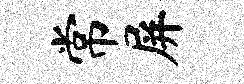
常屏